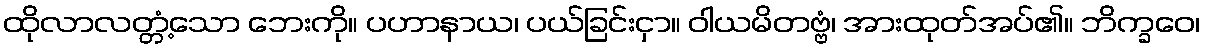
ထိုလာလတ္တံ့သော ဘေးကို။ ပဟာနာယ၊ ပယ်ခြင်းငှာ။ ဝါယမိတဗ္ဗံ၊ အားထုတ်အပ်၏။ ဘိက္ခဝေ၊